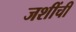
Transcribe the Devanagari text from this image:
जशींची